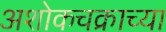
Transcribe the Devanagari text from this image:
अशोकचक्राच्या